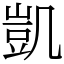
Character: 凱